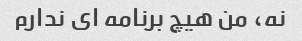
نه، من هیچ برنامه ای ندارم